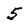
Character: 5